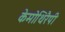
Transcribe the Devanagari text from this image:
केमोथिरैपी